Civil Veterinary Dept. Assam report 1927-50 - 1927-1950
Year: 1927
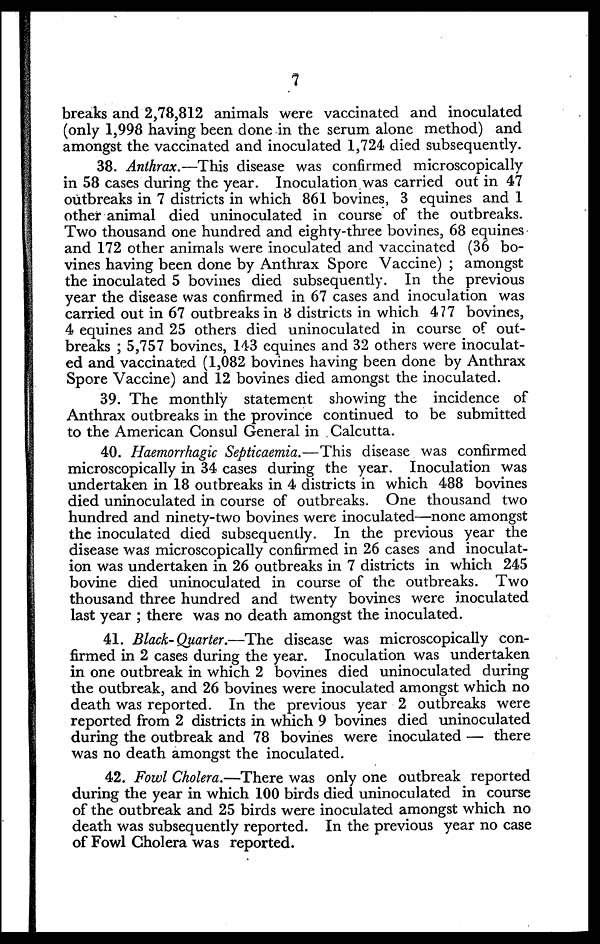
7
breaks and 2,78,812 animals were vaccinated and inoculated
(only 1,998 having been done in the serum alone method) and
amongst the vaccinated and inoculated 1,724 died subsequently.
38. Anthrax.—This disease was confirmed microscopically
in 58 cases during the year. Inoculation was carried out in 47
outbreaks in 7 districts in which 861 bovines, 3 equines and 1
other animal died uninoculated in course of the outbreaks.
Two thousand one hundred and eighty-three bovines, 68 equines
and 172 other animals were inoculated and vaccinated (36 bo-
vines having been done by Anthrax Spore Vaccine) ; amongst
the inoculated 5 bovines died subsequently. In the previous
year the disease was confirmed in 67 cases and inoculation was
carried out in 67 outbreaks in 8 districts in which 477 bovines,
4 equines and 25 others died uninoculated in course of out-
breaks ; 5,757 bovines, 143 equines and 32 others were inoculat-
ed and vaccinated (1,082 bovines having been done by Anthrax
Spore Vaccine) and 12 bovines died amongst the inoculated.
39. The monthly statement showing the incidence of
Anthrax outbreaks in the province continued to be submitted
to the American Consul General in Calcutta.
40. Haemorrhagic Septicaemia.—This disease was confirmed
microscopically in 34 cases during the year. Inoculation was
undertaken in 18 outbreaks in 4 districts in which 488 bovines
died uninoculated in course of outbreaks. One thousand two
hundred and ninety-two bovines were inoculated—none amongst
the inoculated died subsequently. In the previous year the
disease was microscopically confirmed in 26 cases and inoculat-
ion was undertaken in 26 outbreaks in 7 districts in which 245
bovine died uninoculated in course of the outbreaks. Two
thousand three hundred and twenty bovines were inoculated
last year ; there was no death amongst the inoculated.
41. Black-Quarter.—The disease was microscopically con-
firmed in 2 cases during the year. Inoculation was undertaken
in one outbreak in which 2 bovines died uninoculated during
the outbreak, and 26 bovines were inoculated amongst which no
death was reported. In the previous year 2 outbreaks were
reported from 2 districts in which 9 bovines died uninoculated
during the outbreak and 78 bovines were inoculated — there
was no death amongst the inoculated.
42. Fowl Cholera.—There was only one outbreak reported
during the year in which 100 birds died uninoculated in course
of the outbreak and 25 birds were inoculated amongst which no
death was subsequently reported. In the previous year no case
of Fowl Cholera was reported.